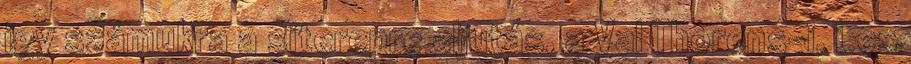
így számukra a síterepre eljutás, a Val Thorens-i, Les